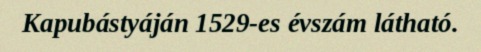
Kapubástyáján 1529-es évszám látható.